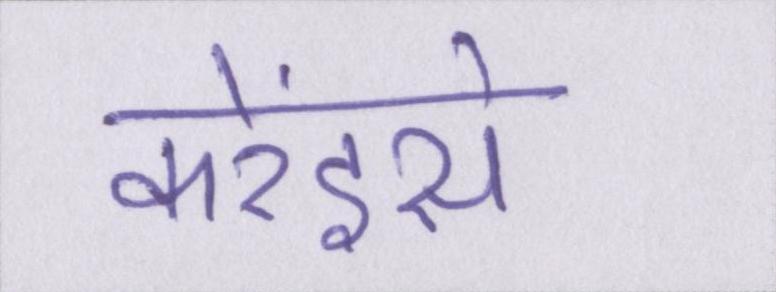
करेंइसे